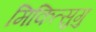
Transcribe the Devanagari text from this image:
मिकित्सुगु